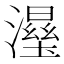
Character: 𱩥